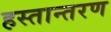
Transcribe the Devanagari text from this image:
हस्‍तान्‍तरण